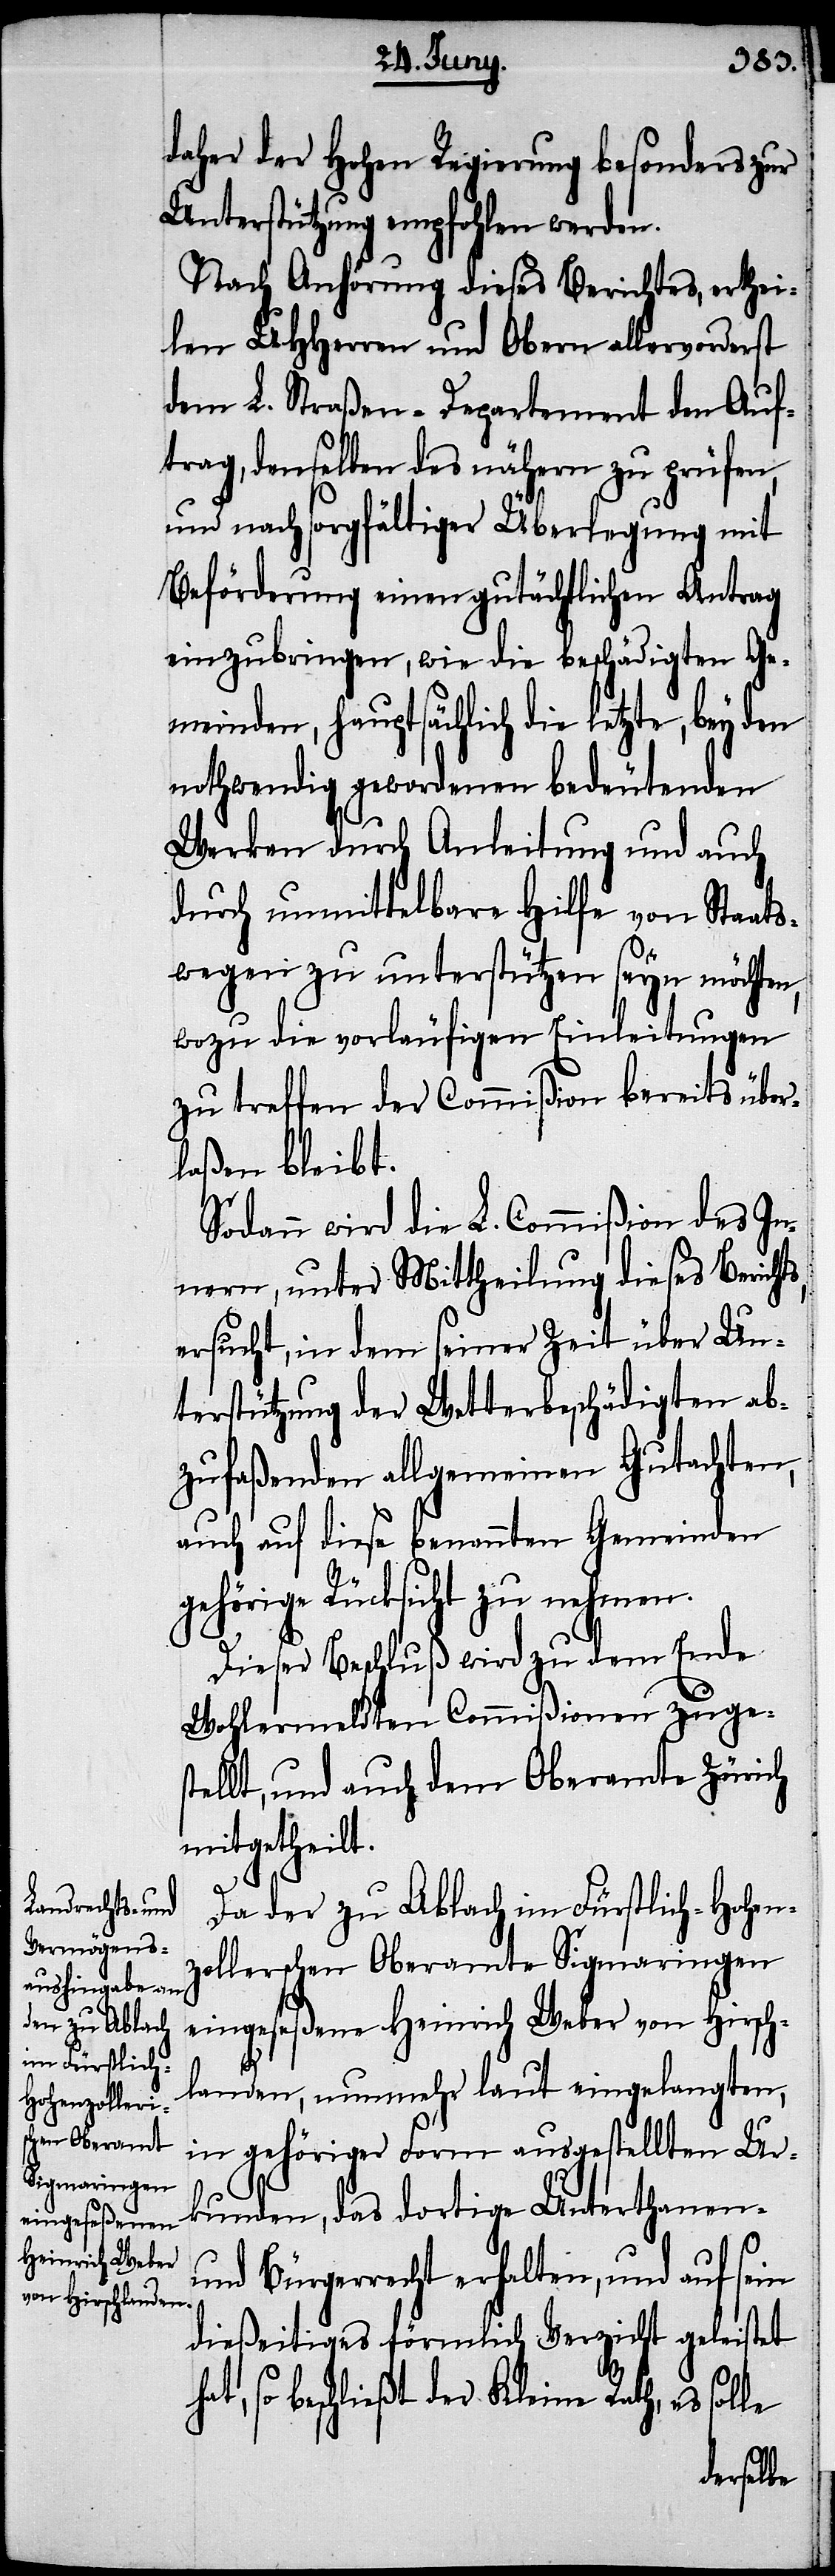
daher der Hohen Regierung besonders zur
Unterstützung empfohlen werden.
Nach Anhörung dieses Berichtes, erthei¬
len UHHerren und Obern allervorderst
dem L. Straßen-Departement den An¬
trag, denselben des nähern zu prüfen,
und nach sorgfältiger Überlegung mit
Beförderung einen gutächtlichen Antrag
einzubringen, wie die beschädigten Ge¬
meinden, hauptsächlich die letzte, bey den
nothwendig gewordenen bedeutenden
Werken durch Anleitung und auch
durch unmittelbare Hilfe von Staats¬
wegen zu unterstützen seyn möchten,
wozu die vorläufigen Einleitungen
zu treffen der Commißion bereits über¬
laßen bleibt.
Sodann wird die L. Commißion des In¬
nern, unter Mittheilung dieses Berichts,
ersucht, in dem seiner Zeit über Un¬
terstützung der Wetterbeschädigten ab¬
zufaßenden allgemeinen Gutachten,
auch auf diese benannten Gemeinden
gehörige Rücksicht zu nehmen.
Dieser Beschluß wird zu dem Ende
Wohlermeldten Commißionen zuges¬
tellt, und auch dem Oberamte Zürich
mitgetheilt.
Da der zu Ablach im Fürstlich-Hohen¬
zollerschen Oberamte Sigmaringen
eingeseßene Heinrich Weber von Hirsch¬
landen, nunmehr laut eingelangten,
in gehöriger Form ausgestellten Ur¬
kunden, das dortige Unterthanen-
und Bürgerrecht erhalten, und auf sein
dießeitiges förmlich Verzicht geleistet
so beschließt der Kleine Rath, es solle